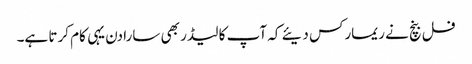
فل بنچ نے ریمارکس دیئے کہ آپ کا لیڈر بھی سارا دن یہی کام کرتا ہے۔